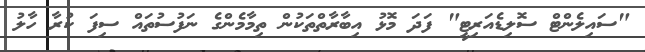
"ސައިލެންޓް ސޮލިޑެއަރިޓީ" ފަދަ މޮޅު އިބާރާތްތަކުން ތިމާމެންގެ ނަފުސުތައް ސިފަ ކުރާ ހާލު